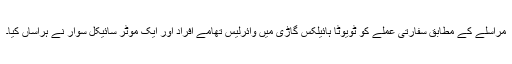
مراسلے کے مطابق سفارتی عملے کو ٹویوٹا ہائیلکس گاڑی میں وائرلیس تھامے افراد اور ایک موٹر سائیکل سوار نے ہراساں کیا۔